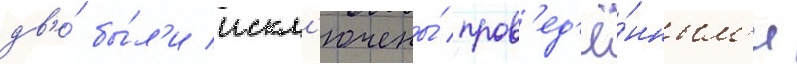
дв'е́ бы́л'и искл'ючены́ пров'ед'ё́нным'и